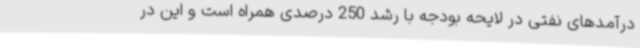
درآمدهای نفتی در لایحه بودجه با رشد 250 درصدی همراه است و این در